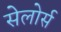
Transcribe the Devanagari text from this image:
सेलोर्स